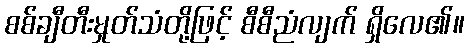
စစ်ချီတီးမှုတ်သံတို့ဖြင့် စီစီညံလျက် ရှိလေ၏။